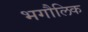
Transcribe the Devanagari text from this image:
भगौलिक